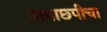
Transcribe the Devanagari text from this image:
लपाछपीचा